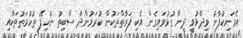
އެމަނިކުފާނު ވިދާޅުވީ ދީނާ ގުޅުވައިގެން އެކި ފަރާތްތަކުން ކުރަމުންދާ ސާބިތު ނުހިފޭ ތުހުމަތުތަކާއި